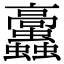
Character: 𩫲